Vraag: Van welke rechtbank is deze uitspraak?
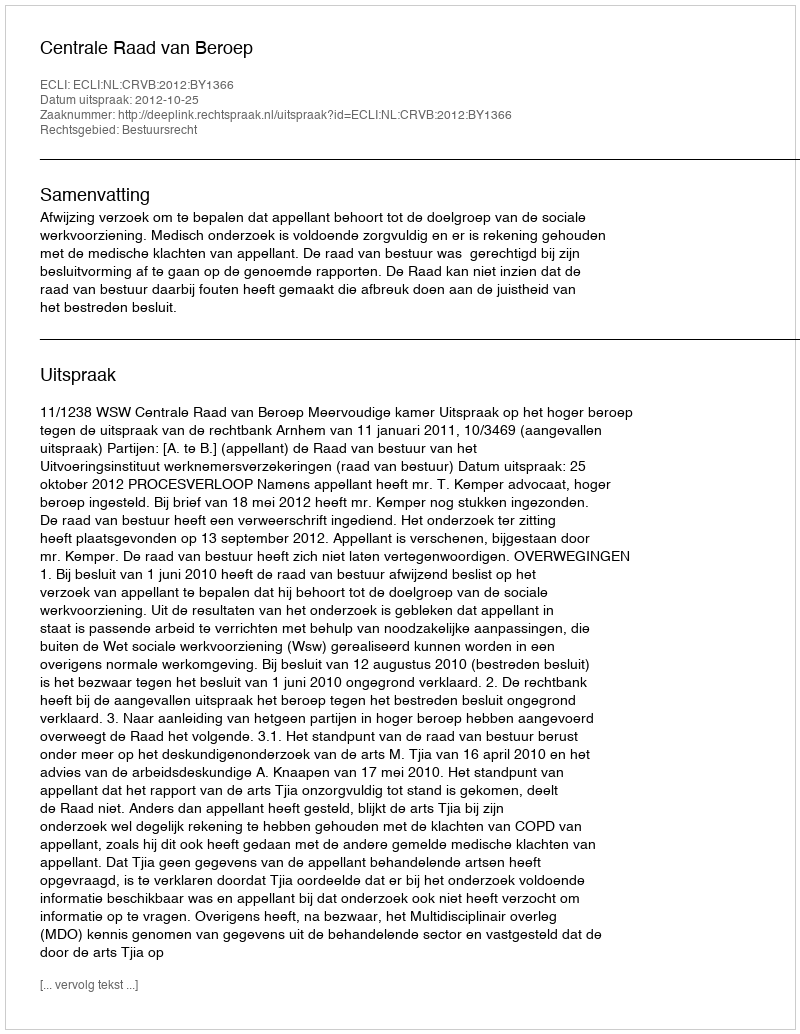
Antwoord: Centrale Raad van Beroep